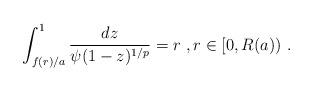
LaTeX: \begin{align*}\int_{f(r)/a}^1 \frac{dz}{\psi(1-z)^{1/p}} = r \ , r\in [0,R(a))\ . \end{align*}